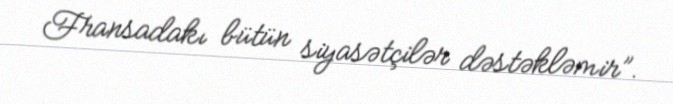
Fransadakı bütün siyasətçilər dəstəkləmir”.